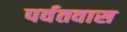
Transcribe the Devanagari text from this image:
पर्वतवास